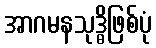
အာဂမနသုဒ္ဓိဖြစ်ပုံ